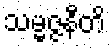
သမ္မဇ္ဇနီတိ